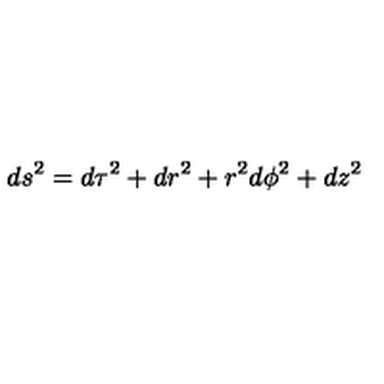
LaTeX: d s ^ { 2 } = d \tau ^ { 2 } + d r ^ { 2 } + r ^ { 2 } d \phi ^ { 2 } + d z ^ { 2 }